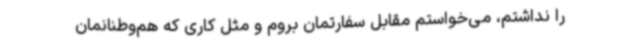
را نداشتم، می‌خواستم مقابل سفارتمان بروم و مثل کاری که هم‌وطنانمان